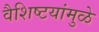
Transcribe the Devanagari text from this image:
वैशिष्टयांमुळे